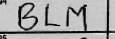
Transcription: BLM